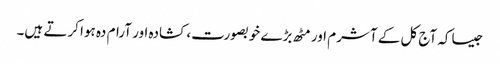
جیساکہ آج کل کے آشرم اور مٹھ بڑے خوبصورت، کشادہ اور آرام دہ ہوا کرتے ہیں۔